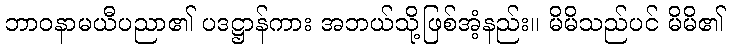
ဘာဝနာမယီပညာ၏ ပဒဋ္ဌာန်ကား အဘယ်သို့ဖြစ်အံ့နည်း။ မိမိသည်ပင် မိမိ၏